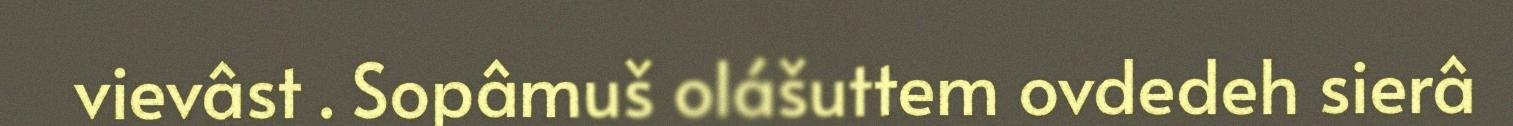
vievâst . Sopâmuš olášuttem ovdedeh sierâ